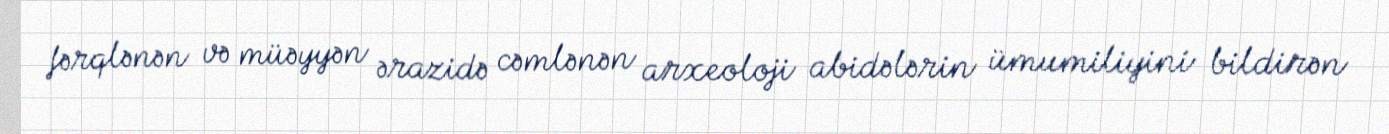
fərqlənən və müəyyən ərazidə cəmlənən arxeoloji abidələrin ümumiliyini bildirən